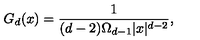
G _ { d } ( x ) = \frac { 1 } { ( d - 2 ) \Omega _ { d - 1 } | x | ^ { d - 2 } } ,